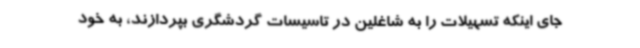
جای اینکه تسهیلات را به شاغلین در تاسیسات گردشگری بپردازند، به خود